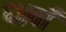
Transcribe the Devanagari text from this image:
६४वाँ